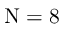
\Nu = 8